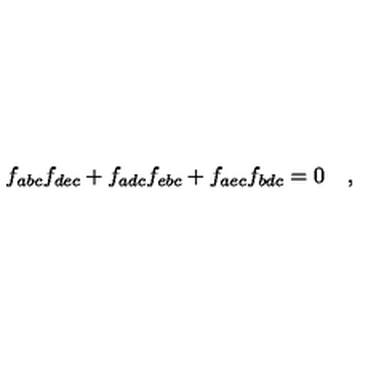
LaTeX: f _ { a b c } f _ { d e c } + f _ { a d c } f _ { e b c } + f _ { a e c } f _ { b d c } = 0 \quad ,